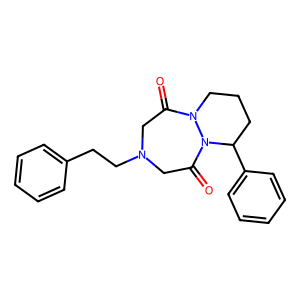
SMILES: O=C1CN(CCc2ccccc2)CC(=O)N2C(c3ccccc3)CCCN12
Inhibits HIV replication: No